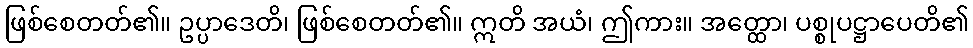
ဖြစ်စေတတ်၏။ ဥပ္ပာဒေတိ၊ ဖြစ်စေတတ်၏။ ဣတိ အယံ၊ ဤကား။ အတ္ထော၊ ပစ္စုပဋ္ဌာပေတိ၏